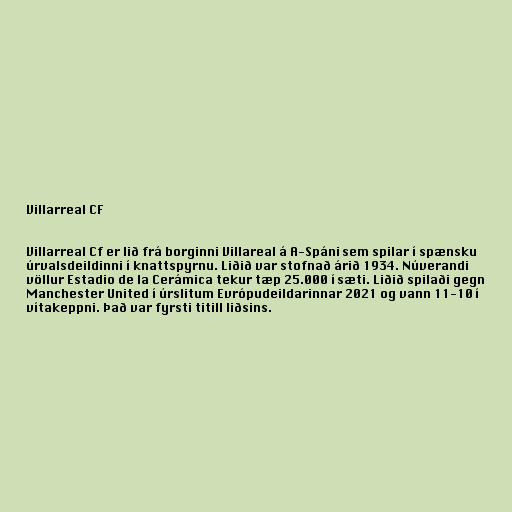
Villarreal CF

Villarreal Cf er lið frá borginni Villareal á A-Spáni sem spilar í spænsku
úrvalsdeildinni í knattspyrnu. Liðið var stofnað árið 1934. Núverandi
völlur Estadio de la Cerámica tekur tæp 25.000 í sæti. Liðið spilaði gegn
Manchester United í úrslitum Evrópudeildarinnar 2021 og vann 11-10 í
vítakeppni. Það var fyrsti titill liðsins.